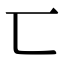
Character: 匸